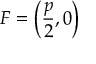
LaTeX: F = \left( { \frac { p } { 2 } } , 0 \right)